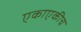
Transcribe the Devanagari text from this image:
एकाएकीच